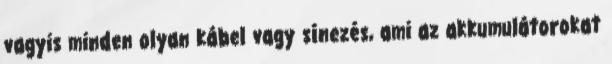
vagyis minden olyan kábel vagy sínezés, ami az akkumulátorokat